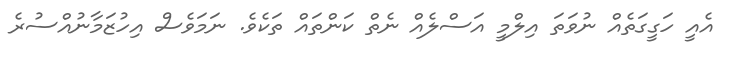
އެއީ ހަގީގަތެއް ނުވަތަ އިލްމީ އަސްލެއް ނެތް ކަންތައް ތަކެވެ. ނަމަވެސް އިހުޒަމާނުއްސުރެ